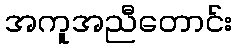
အကူအညီတောင်း